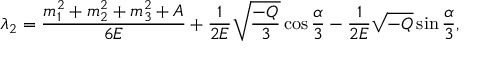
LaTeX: \lambda _ { 2 } = \frac { m _ { 1 } ^ { 2 } + m _ { 2 } ^ { 2 } + m _ { 3 } ^ { 2 } + A } { 6 E } + \frac 1 { 2 E } \sqrt { \frac { - Q } 3 } \cos \frac \alpha 3 - \frac 1 { 2 E } \sqrt { - Q } \sin \frac \alpha 3 ,